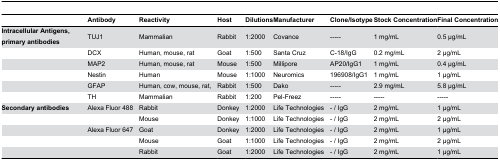
|  | Antibody | Reactivity | Host | Dilutions | Manufacturer | Clone/Isotype | Stock Concentration | Final Concentration |
 | --- | --- | --- | --- | --- | --- | --- | --- | --- |
 | Intracellular Antigens, primary antibodies | TUJ1 | Mammalian | Rabbit | 1:2000 | Covance | ----- | 1 mg/mL | 0.5 μg/mL |
 |  | DCX | Human, mouse, rat | Goat | 1:500 | Santa Cruz | C-18/IgG | 0.2 mg/mL | 2 μg/mL |
 |  | MAP2 | Human, mouse, rat | Mouse | 1:500 | Millipore | AP20/IgG1 | 1 mg/mL | 0.4 μg/mL |
 |  | Nestin | Human | Mouse | 1:1000 | Neuromics | 196908/IgG1 | 1 mg/mL | 1 μg/mL |
 |  | GFAP | Human, cow, mouse, rat, | Rabbit | 1:500 | Dako | ----- | 2.9 mg/mL | 5.8 μg/mL |
 |  | TH | Mammalian | Rabbit | 1:200 | Pel-Freez | ----- | ----- | ----- |
 | Secondary antibodies | Alexa Fluor 488 | Rabbit | Donkey | 1:2000 | Life Technologies | - / IgG | 2 mg/mL | 1 μg/mL |
 |  |  | Mouse | Donkey | 1:1000 | Life Technologies | - / IgG | 2 mg/mL | 2 μg/mL |
 |  | Alexa Fluor 647 | Goat | Donkey | 1:2000 | Life Technologies | - / IgG | 2 mg/mL | 1 μg/mL |
 |  |  | Mouse | Goat | 1:1000 | Life Technologies | - / IgG | 2 mg/mL | 2 μg/mL |
 |  |  | Rabbit | Goat | 1:2000 | Life Technologies | - / IgG | 2 mg/mL | 1 μg/mL |